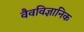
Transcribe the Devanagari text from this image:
वैवविज्ञानिक